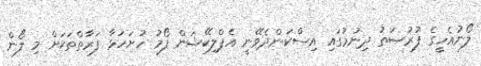
ލޯނުއެހީގެ ފުރުޞަތު ދިނުމުގައި އިސްކަންދެވޭނީ އެޕްލިކޭޝަން ފޯމު ހުށަހަޅާ ފަރާތްތަކަށް މި ލޯން